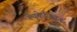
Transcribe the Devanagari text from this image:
ल्युकेज़ियन